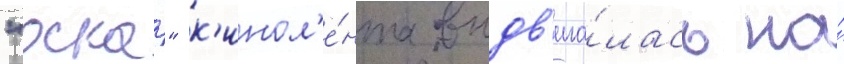
"оскар" к'инол'е́нта выдв'ига́лась на́